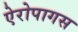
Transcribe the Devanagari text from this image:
ऐरोपागस